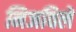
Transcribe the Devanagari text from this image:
निजविलें